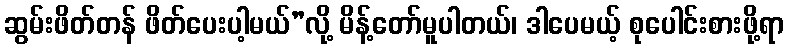
ဆွမ်းဖိတ်တန် ဖိတ်ပေးပါ့မယ်”လို့ မိန့်တော်မူပါတယ်၊ ဒါပေမယ့် စုပေါင်းစားဖို့ရာ